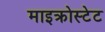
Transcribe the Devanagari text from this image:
माइक्रोस्टेट